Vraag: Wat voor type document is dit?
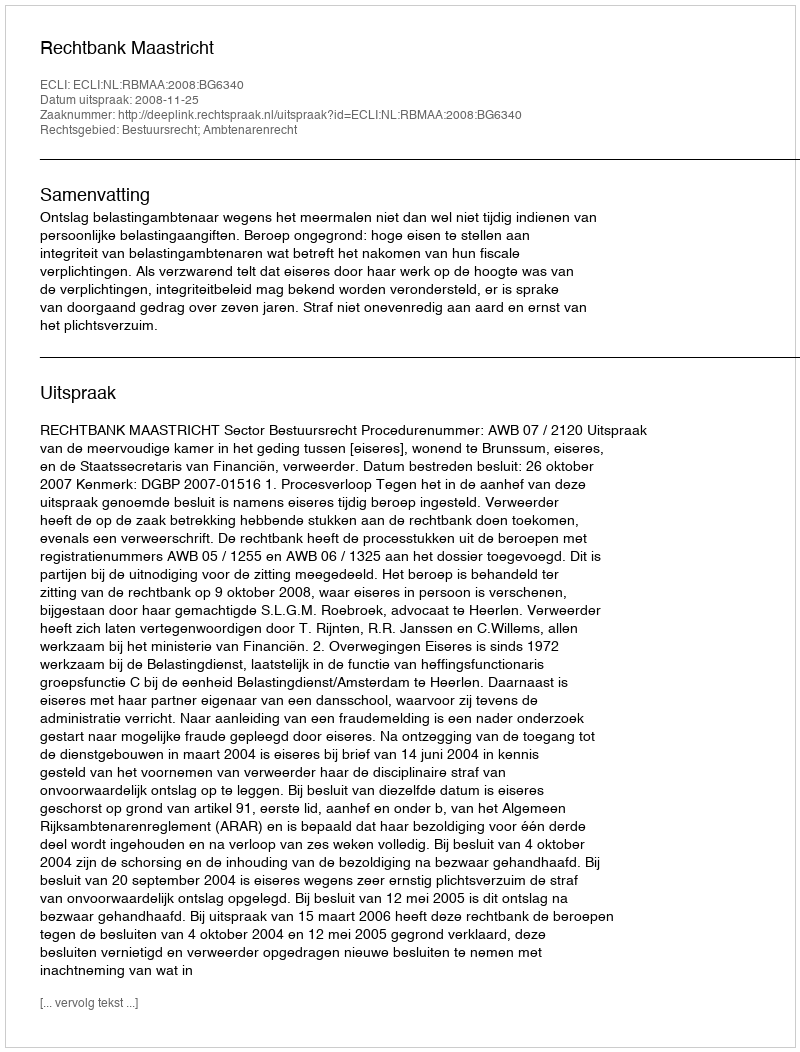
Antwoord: Uitspraak